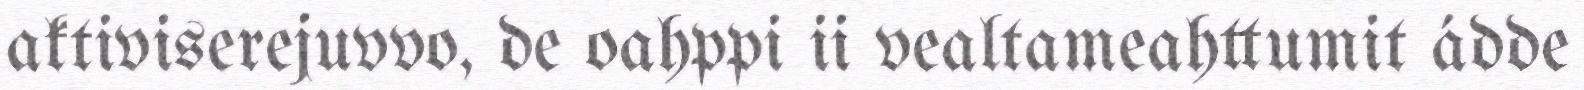
aktiviserejuvvo, de oahppi ii vealtameahttumit ádde